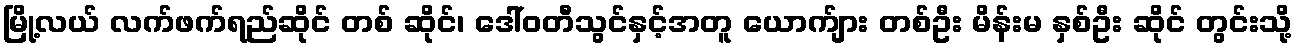
မြို့လယ် လက်ဖက်ရည်ဆိုင် တစ် ဆိုင်၊ ဒေါ်ဝတီသွင်နှင့်အတူ ယောက်ျား တစ်ဦး မိန်းမ နှစ်ဦး ဆိုင် တွင်းသို့